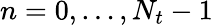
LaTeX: n=0,\dots,N_{t}-1